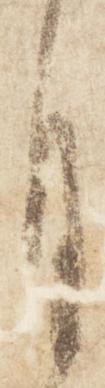
月